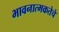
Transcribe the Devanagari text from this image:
भावनात्मकतेचे